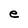
Character: e